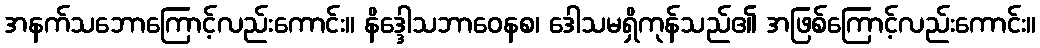
အနက်သဘောကြောင့်လည်းကောင်း။ နိဒ္ဒေါသဘာဝေနစ၊ ဒေါသမရှိကုန်သည်၏ အဖြစ်ကြောင့်လည်းကောင်း။